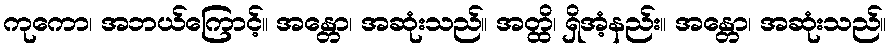
ကုကော၊ အဘယ်ကြောင့်။ အန္တော၊ အဆုံးသည်။ အတ္ထိ၊ ရှိအံ့နည်း။ အန္တော၊ အဆုံးသည်။